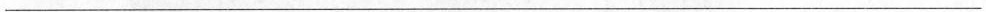
___